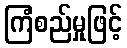
ကြံစည်မှုဖြင့်